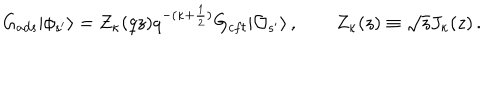
G _ { a d s } | \phi _ { s ^ { \prime } } \rangle = Z _ { \kappa } ( q z ) q ^ { - ( \kappa + \frac { 1 } { 2 } ) } G _ { c f t } | { \cal O } _ { s ^ { \prime } } \rangle \, , \qquad Z _ { \kappa } ( z ) \equiv \sqrt { z } J _ { \kappa } ( z ) \, .